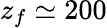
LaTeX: z_{f}\simeq 200